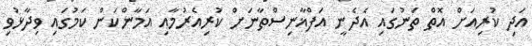
އަދި ކުރިއަށް އޮތް ތަނުގައި އެދެނީ އަފްޣާނިސްތާނަށް ކުރިއެރުމާއި އަމާންކަން ކަމުގައި ވިދާޅުވި